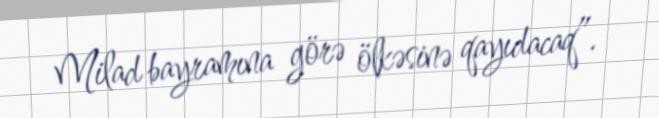
Milad bayramına görə ölkəsinə qayıdacaq”.